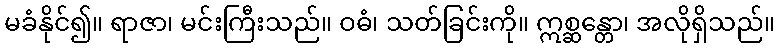
မခံနိုင်၍။ ရာဇာ၊ မင်းကြီးသည်။ ဝဓံ၊ သတ်ခြင်းကို။ ဣစ္ဆန္တော၊ အလိုရှိသည်။